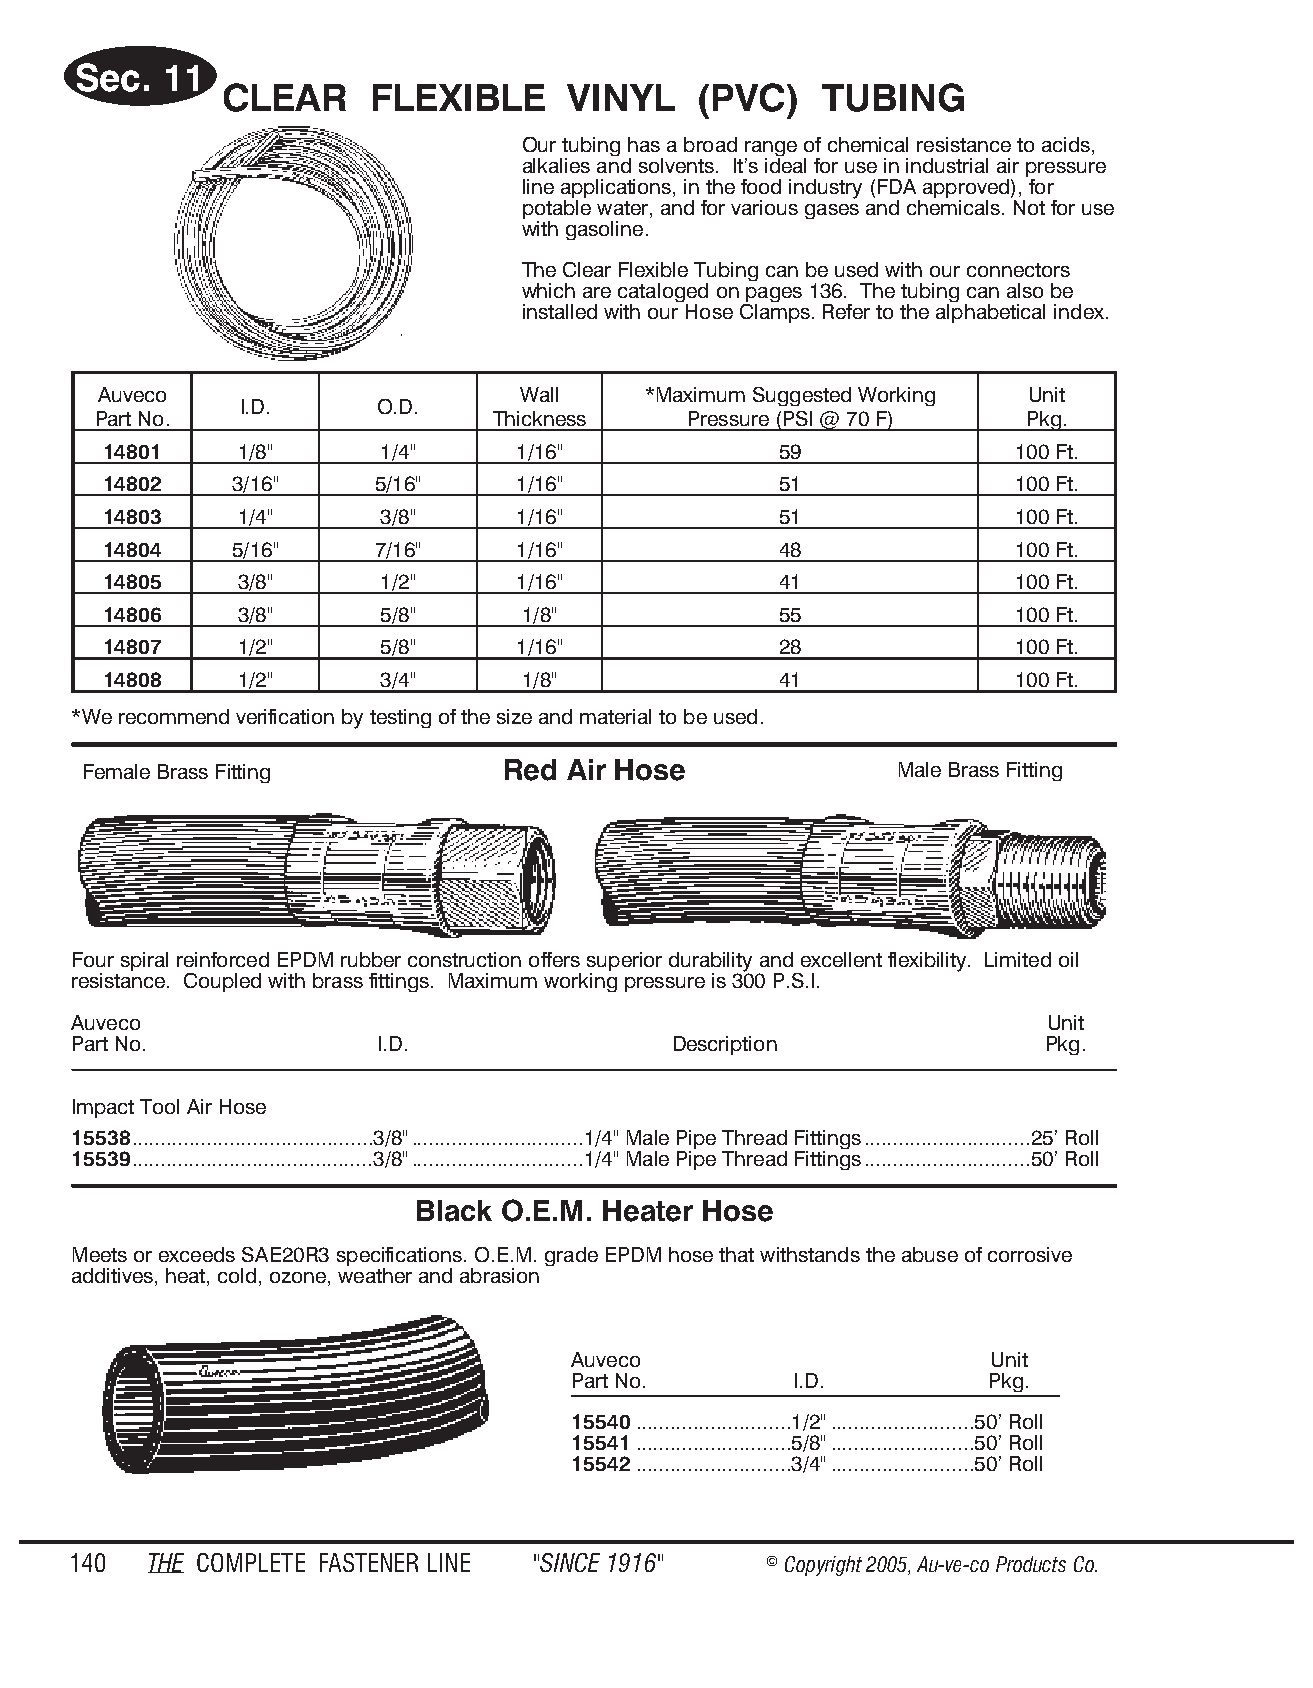
Sec.  11
 CLEAR     FLEXIBLE     VINYL   (PVC)    TUBING
 Our tubing has a broad range of chemical resistance to acids,
 alkalies and solvents. It’s ideal for use in industrial air pressure
 line applications, in the food industry (FDA approved), for
 potable water, and for various gases and chemicals. Not for use
 with gasoline.
 The Clear Flexible Tubing can be used with our connectors
 which are cataloged on pages 136. The tubing can also be
 installed with our Hose Clamps. Refer to the alphabetical index.
 Auveco                      Wall    *Maximum Suggested Working Unit
 I.D.     O.D.
 Part No.                  Thickness    Pressure (PSI @ 70 F) Pkg.
 14801    1/8"     1/4"     1/16"             59             100 Ft.
 14802    3/16"    5/16"    1/16"             51             100 Ft.
 14803    1/4"     3/8"     1/16"             51             100 Ft.
 14804    5/16"    7/16"    1/16"             48             100 Ft.
 14805    3/8"     1/2"     1/16"             41             100 Ft.
 14806    3/8"     5/8"      1/8"             55             100 Ft.
 14807    1/2"     5/8"     1/16"             28             100 Ft.
 14808    1/2"     3/4"      1/8"             41             100 Ft.
 *We recommend verification by testing of the size and material to be used.
 Female Brass Fitting        Red Air Hose              Male Brass Fitting
 Four spiral reinforced EPDM rubber construction offers superior durability and excellent flexibility. Limited oil
 resistance. Coupled with brass fittings. Maximum working pressure is 300 P.S.I.
 Auveco                                                           Unit
 Part No.            I.D.                Description             Pkg.
 Impact Tool Air Hose
 15538..........................................3/8"..............................1/4" Male Pipe Thread Fittings.............................25’ Roll
 15539..........................................3/8"..............................1/4" Male Pipe Thread Fittings.............................50’ Roll
 Black O.E.M. Heater Hose
 Meets or exceeds SAE20R3 specifications. O.E.M. grade EPDM hose that withstands the abuse of corrosive
 additives, heat, cold, ozone, weather and abrasion
 Auveco                      Unit
 Part No.       I.D.         Pkg.
 15540...........................1/2".........................50’ Roll
 15541...........................5/8".........................50’ Roll
 15542...........................3/4".........................50’ Roll
 140  THE COM PLETE FAST ENER LINE "SINCE 1916" © Copyr ight 2005, Au-ve-co Produ cts Co.